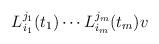
LaTeX: \begin{align*}L_{i_1}^{j_1}(t_1) \cdots L_{i_m}^{j_m}(t_m)v\end{align*}